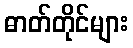
ဓာတ်တိုင်များ